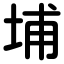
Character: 埔